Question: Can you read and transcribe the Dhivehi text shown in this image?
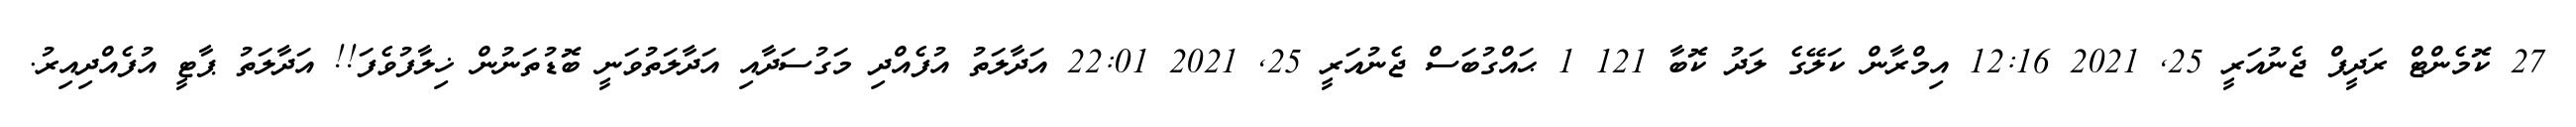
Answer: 27 ކޮމެންޓް ރަދީފް ޖެނުއަރީ 25, 2021 12:16 އިމްރާން ކަލޭގެ ލަދު ކޮބާ 121 1 ޙައްގުބަސް ޖެނުއަރީ 25, 2021 22:01 އަދާލަތު އުފެއްދި މަގުސަދާއި އަދާލަތުވަނީ ބޮޑުތަނުން ޚިލާފުވެފަ!! އަދާލަތު ޕާޓީ އުފެއްދިއިރު.